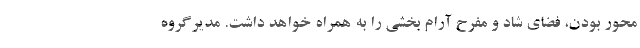
محور بودن، فضای شاد و مفرحِ آرام بخشی را به همراه خواهد داشت. مدیرگروه